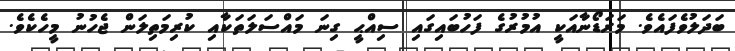
ބަދަލުވެފައެވެ. މަރަޑޯނާއަކީ އުމުރުގެ ފަހުބައިގައި ސިއްޙީ ގިނަ މައްސަލަތަކާއި ކުރިމަތިލަން ޖެހުނު މީހެކެވެ.